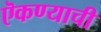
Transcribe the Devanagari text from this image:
ऎकण्याची